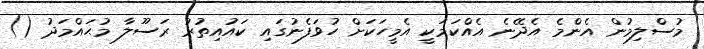
މުސްލިމުން އެންމެ އެދޭނެ އެއްކަމަކީ އެމީހަކަށް ހުވަފެނުގައި ކައުއިތުރު ރަސޫލާ މުޙައްމަދު ()